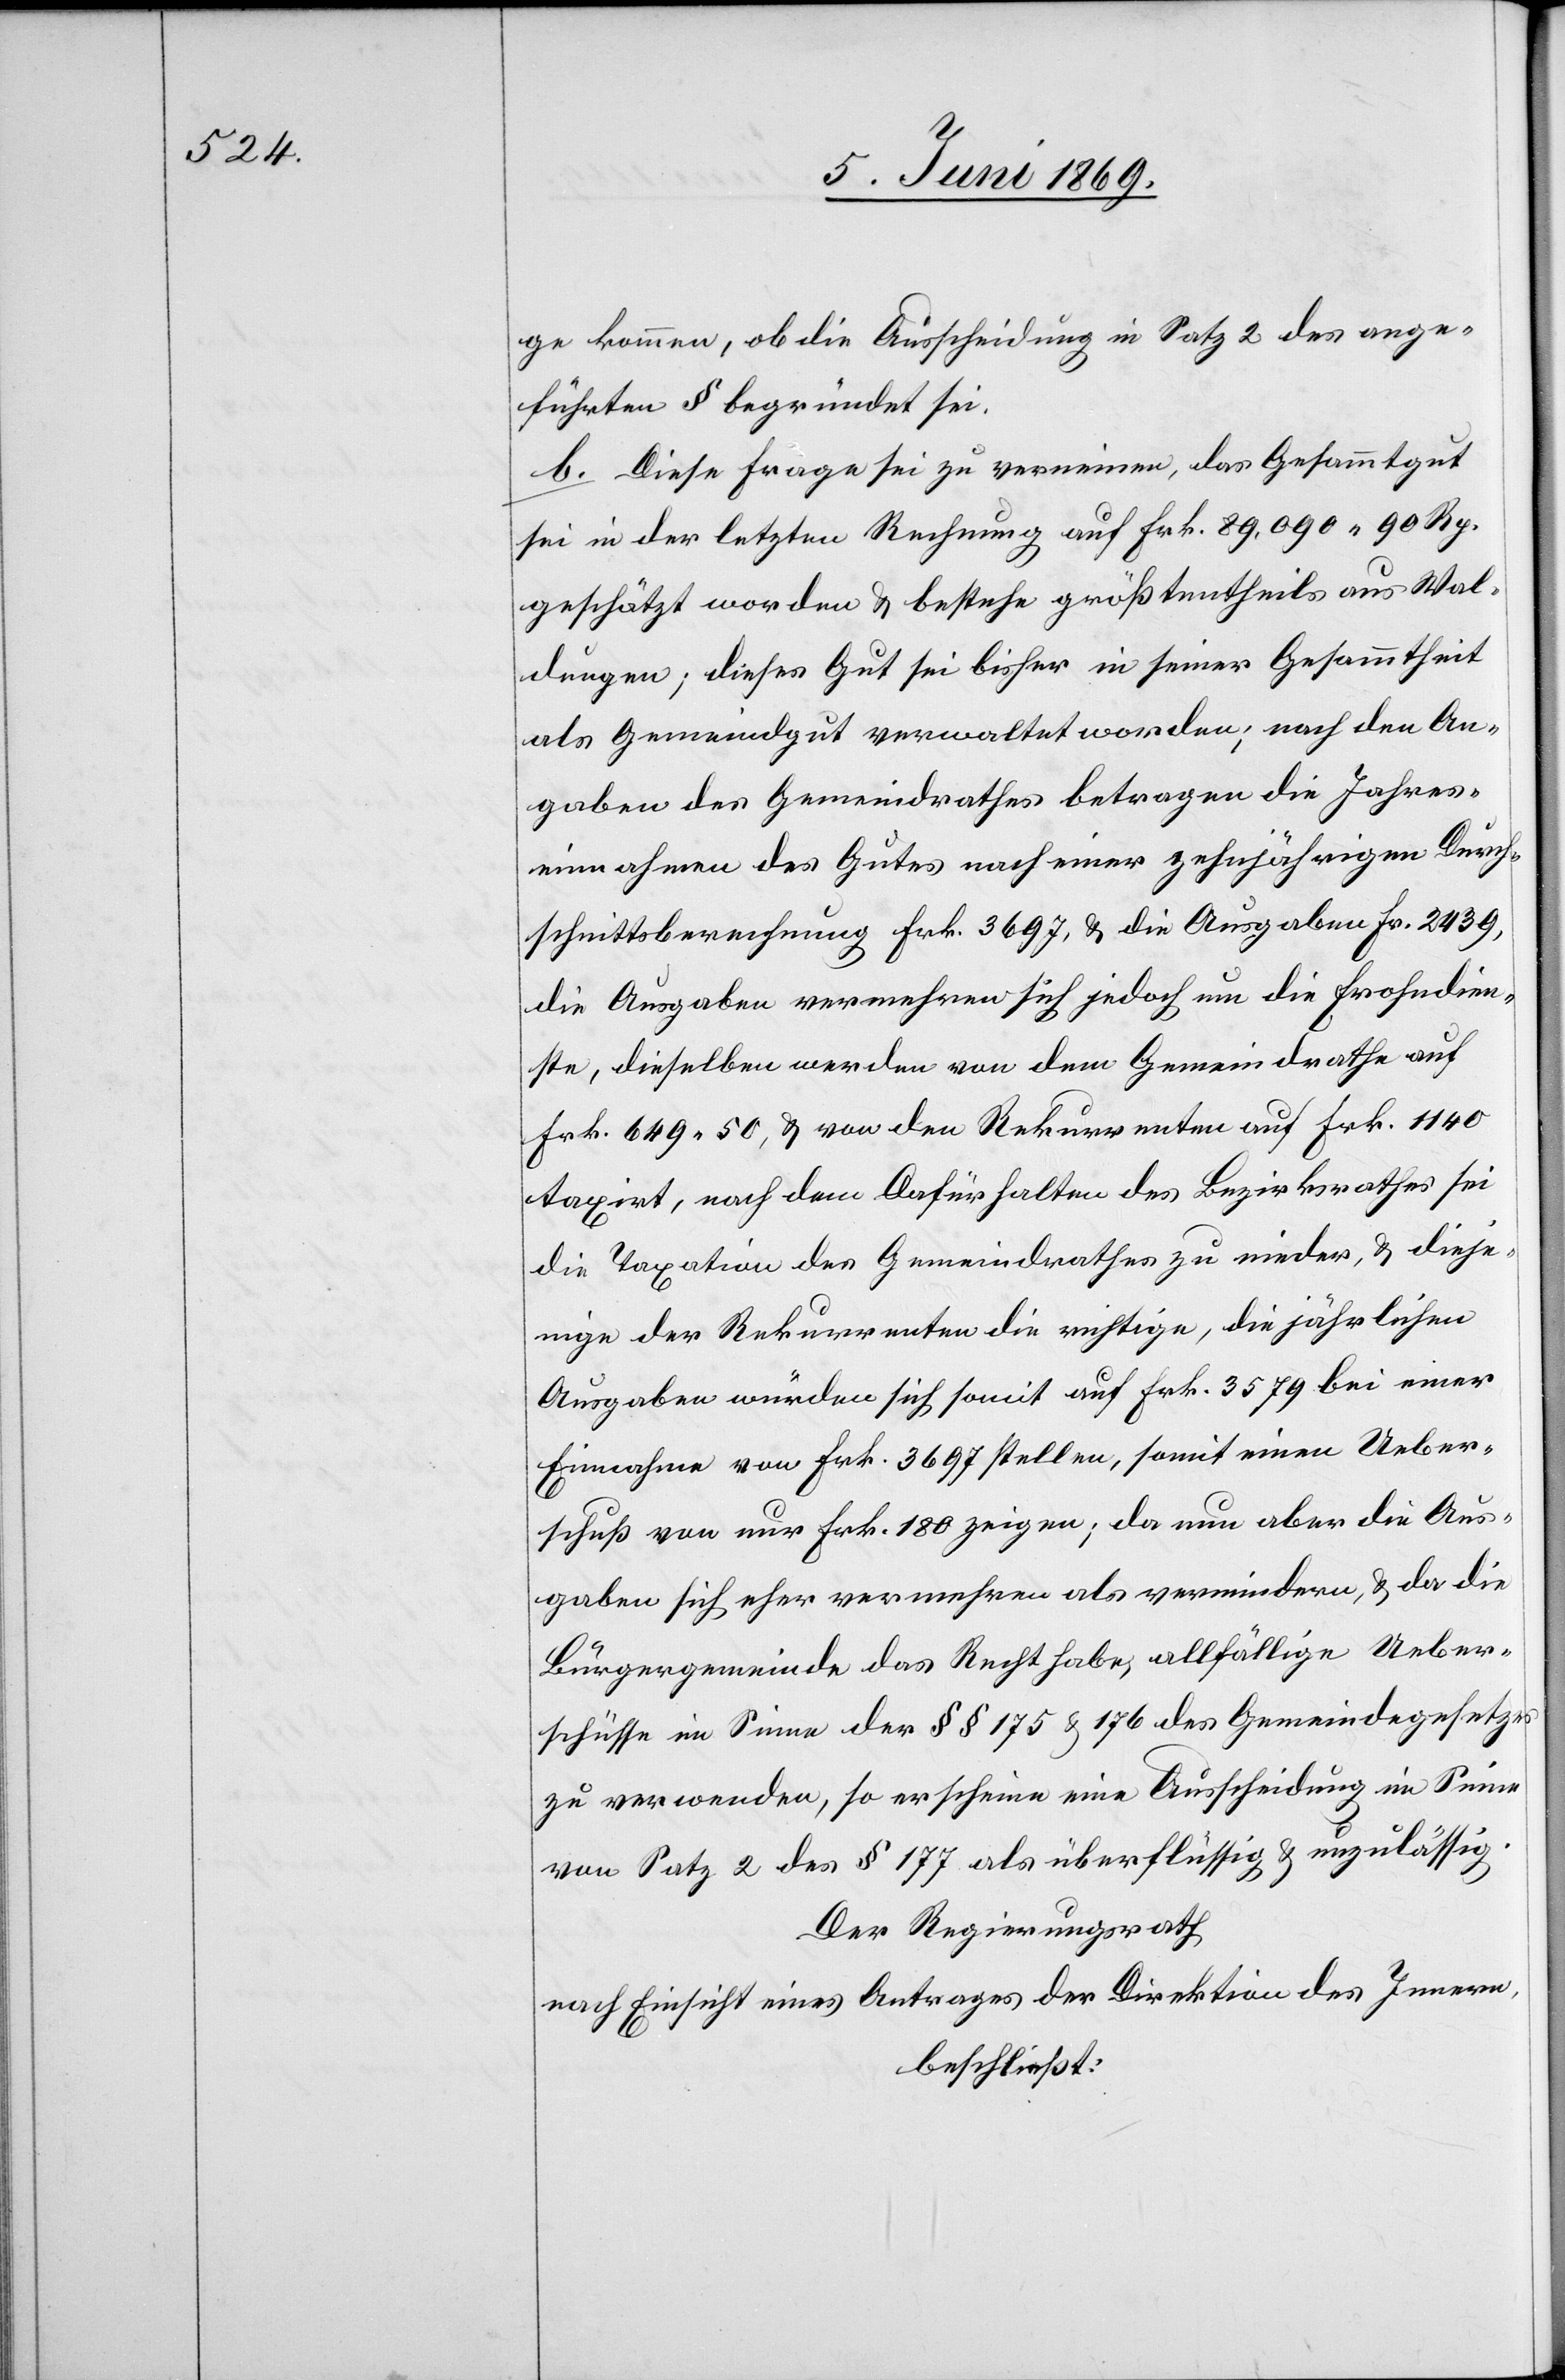
ge kommen, ob die Ausscheidung in Satz 2 des ange¬
führten § begründet sei.
b. Diese Frage sei zu verneinen, das Gesammtgut
sei in der letzten Rechnung auf Frk. 89,090.90 Rp.
geschätzt worden u. bestehe größtentheils aus Wal¬
dungen; dieses Gut sei bisher in seiner Gesammtheit
als Gemeindgut verwaltet worden; nach den An¬
gaben des Gemeindrathes betragen die Jahres¬
einnahmen des Gutes nach einer zehnjährigen Durch¬
schnittsrechnung Frk. 3697, u. die Ausgaben Fr. 2439,
die Ausgaben vermehren sich jedoch um die Frohndien¬
ste, dieselben werden von dem Gemeindrathe auf
Frk. 649.50, u. von den Rekurrenten auf Frk. 1140
taxirt, nach dem Dafürhalten des Bezirksrathes sei
die Taxation des Gemeindrathes zu nieder, u. dieje¬
nige der Rekurrenten die richtige, die jährlichen
Ausgaben würden sich somit auf Frk. 3579 bei einer
Einnahme von Frk. 3697 stellen, somit einen Ueber¬
schuß von nur Frk. 180 zeigen; da nun aber die Aus¬
gaben sich eher vermehren als vermindern, u. da die
Bürgergemeinde das Recht habe, allfällige Ueber¬
schüsse im Sinne der §§ 175 u. 176 des Gemeindegesetzes
zu verwenden, so erscheine eine Ausscheidung im Sinne
von Satz 2 des § 177 als überflüssig u. unzulässig.
Der Regierungsrath,
nach Einsicht eines Antrages der Direktion des Innern,
beschließt: